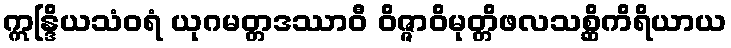
ဣန္ဒြိယသံဝရံ ယုဂမတ္တဒဿာဝီ ဝိဇ္ဇာဝိမုတ္တိဖလသစ္ဆိကိရိယာယ